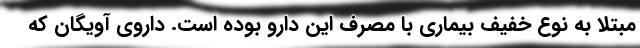
مبتلا به نوع خفیف بیماری با مصرف این دارو بوده است. داروی آویگان که